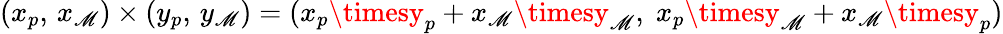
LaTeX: (x_{p},\, x_{\mathscr{M}})\times(y_{p},\, y_{\mathscr{M}})=(x_{p}\timesy_{p}+x_{\mathscr{M}}\timesy_{\mathscr{M}},\; x_{p}\timesy_{\mathscr{M}}+x_{\mathscr{M}}\timesy_{p})